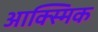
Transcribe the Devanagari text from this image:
आक्स्मिक